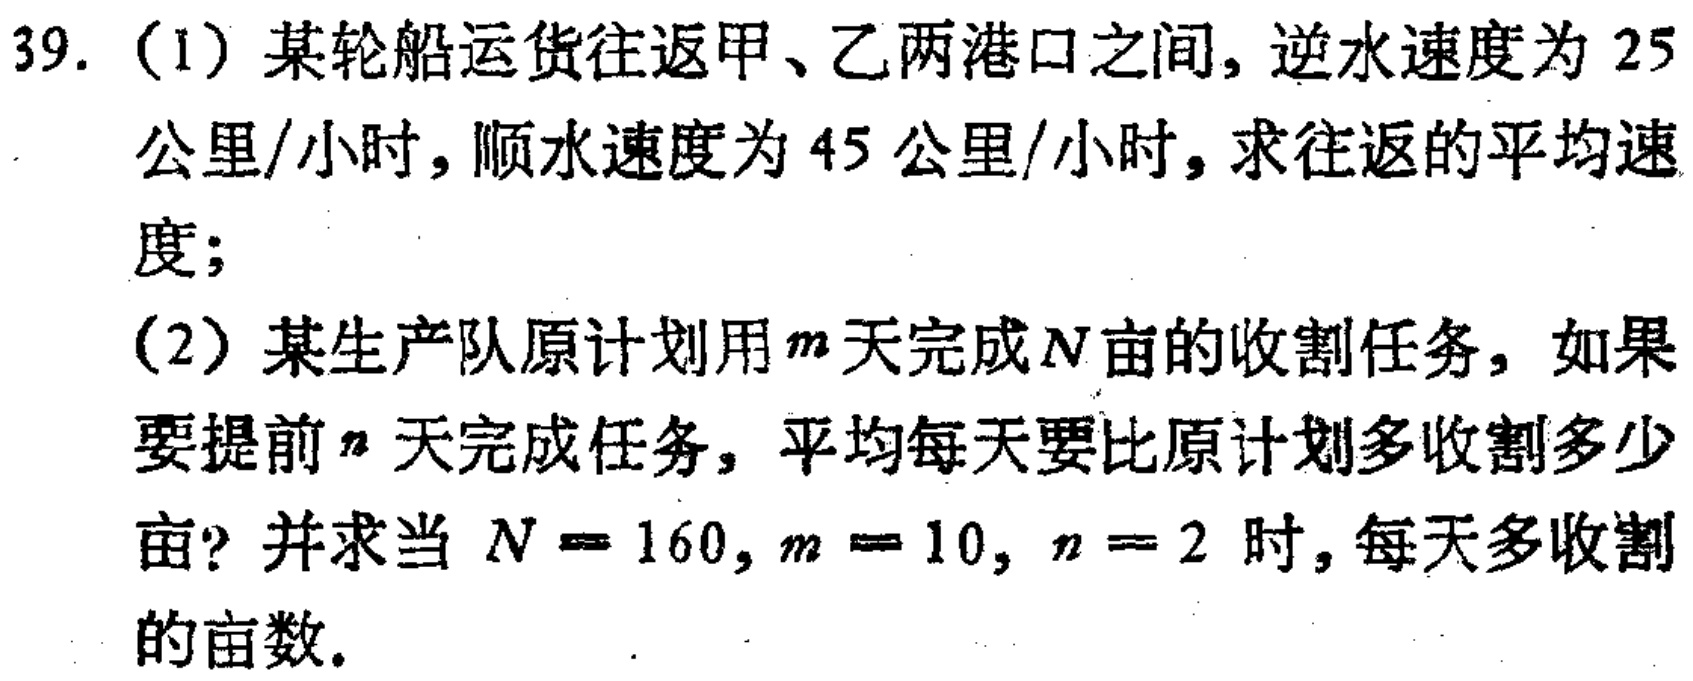
39. (1) 某轮船运货往返甲、乙两港口之间, 逆水速度为 25

公里/小时, 顺水速度为 45 公里/小时, 求往返的平均速

度;

(2) 某生产队原计划用\(m\)天完成\(N\)亩的收割任务, 如果

要提前\(n\)天完成任务, 平均每天要比原计划多收割多少

亩? 并求当 \(N = 160\), \(m = 10\), \(n = 2\) 时, 每天多收割

的亩数.